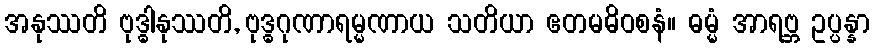
အနုဿတိ ဗုဒ္ဓါနုဿတိ, ဗုဒ္ဓဂုဏာရမ္မဏာယ သတိယာ ဧတမဓိဝစနံ။ ဓမ္မံ အာရဗ္ဘ ဥပ္ပန္နာ